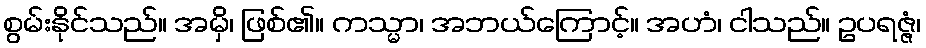
စွမ်းနိုင်သည်။ အမှိ၊ ဖြစ်၏။ ကသ္မာ၊ အဘယ်ကြောင့်။ အဟံ၊ ငါသည်။ ဥပရဇ္ဇံ၊